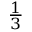
\textstyle { \frac { 1 } { 3 } }